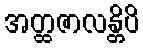
အတ္ထဇာလန္တိပိ